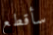
سأقطع